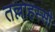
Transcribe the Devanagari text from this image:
तल्लाहस्सी